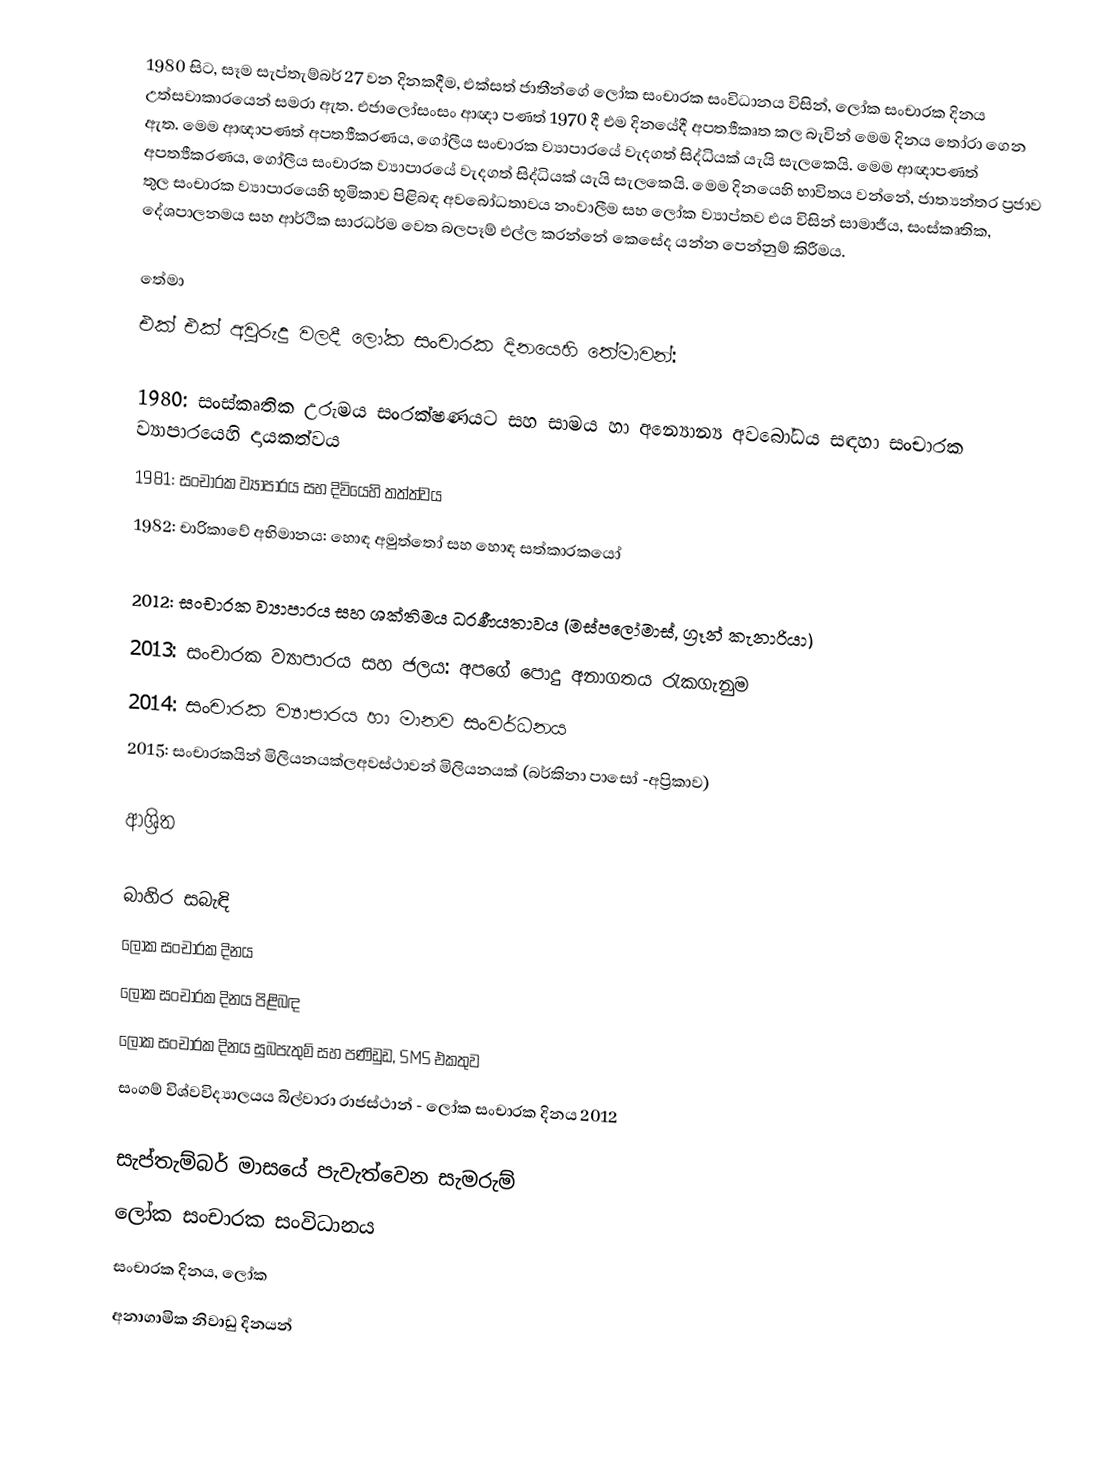
1980 සිට, සෑම සැප්තැම්බර් 27 වන දිනකදීම,  එක්සත් ජාතීන්ගේ ලෝක සංචාරක සංවිධානය විසින්,  ලෝක සංචාරක දිනය උත්සවාකාරයෙන් සමරා ඇත. එජාලෝසංසං ආඥා පණත් 1970 දී එම දිනයේදී  අපත්‍යීකෘත කල බැවින් මෙම දිනය තෝරා ගෙන ඇත. මෙම ආඥාපණත් අපත්‍යීකරණය, ගෝලීය සංචාරක ව්‍යාපාරයේ වැදගත් සිද්ධියක් යැයි සැලකෙයි. මෙම ආඥාපණත් අපත්‍යීකරණය, ගෝලීය සංචාරක ව්‍යාපාරයේ වැදගත් සිද්ධියක් යැයි සැලකෙයි. මෙම දිනයෙහි භාවිතය වන්නේ,  ජාත්‍යන්තර ප්‍රජාව තුල සංචාරක ව්‍යාපාරයෙහි භූමිකාව පිළිබඳ අවබෝධතාවය නංවාලීම සහ ලෝක ව්‍යාප්තව එය විසින් සාමාජීය, සංස්කෘතික, දේශපාලනමය සහ ආර්ථික සාරධර්ම වෙත බලපෑම් එල්ල කරන්නේ කෙසේද යන්න පෙන්නුම් කිරීමය.

තේමා
එක් එක් අවුරුදු වලදී ලෝක සංචාරක දිනයෙහි තේමාවන්:

 1980: සංස්කෘතික උරුමය සංරක්ෂණයට සහ සාමය හා අන්‍යොන්‍ය අවබෝධය සඳහා සංචාරක ව්‍යාපාරයෙහි දායකත්වය
 1981: සංචාරක ව්‍යාපාරය සහ දිවියෙහි තත්ත්වය
 1982: චාරිකාවේ අභිමානය: හොඳ අමුත්තෝ සහ හොඳ සත්කාරකයෝ

2012: සංචාරක ව්‍යාපාරය සහ  ශක්තිමය ධරණීයතාවය (මස්පලෝමාස්, ග්‍රෑන් කැනාරියා)
2013: සංචාරක ව්‍යාපාරය සහ ජලය: අපගේ පොදු අනාගතය රැකගැනුම
2014: සංචාරක ව්‍යාපාරය හා මානව සංවර්ධනය
2015: සංචාරකයින් මිලියනයක්ලඅවස්ථාවන් මිලියනයක් (බර්කිනා පාසෝ -අප්‍රිකාව)

ආශ්‍රිත

බාහිර සබැඳි
ලෝක සංචාරක දිනය
ලෝක සංචාරක දිනය පිළිබඳ
ලෝක සංචාරක දිනය සුබපැතුම් සහ පණිඩුඩ, SMS එකතුව
 සංගම් විශ්වවිද්‍යාලයය බිල්වාරා රාජස්ථාන් - ලෝක සංචාරක දිනය 2012

සැප්තැම්බර් මාසයේ පැවැත්වෙන සැමරුම්
ලෝක සංචාරක සංවිධානය
සංචාරක දිනය, ලෝක
අනාගාමික නිවාඩු දිනයන්